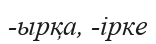
-ырқа, -ірке